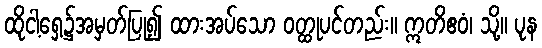
ထိုငါ့ရှေ့၌အမှတ်ပြု၍ ထားအပ်သော ဝတ္ထုပင်တည်း။ ဣတိဧဝံ၊ သို့။ ပုန